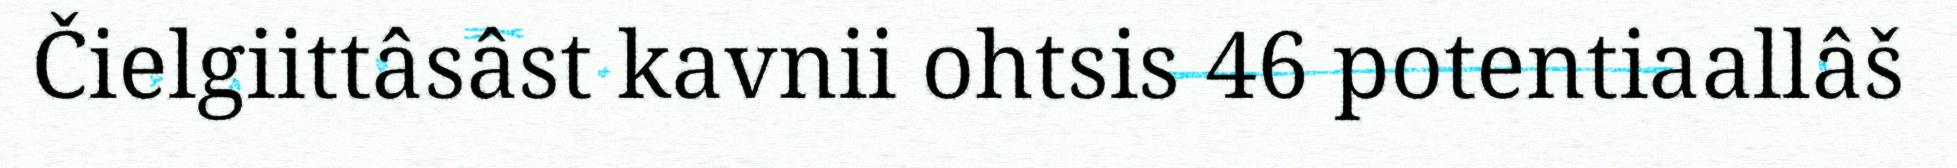
Čielgiittâsâst kavnii ohtsis 46 potentiaallâš